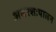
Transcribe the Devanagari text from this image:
अक्षरशःपालन